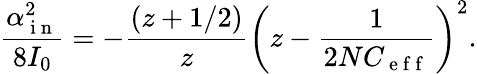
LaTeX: \frac{\alpha_{\mathrm{~i~n~}}^{2}}{8I_{0}}=-\frac{(z+1/2)}{z}\bigg(z-\frac{1}{2NC_{\mathrm{~e~f~f~}}}\bigg)^{2}.